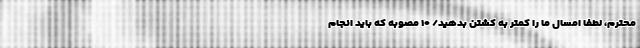
محترم، لطفا امسال ما را کمتر به کُشتن بدهید/ ۱۰ مصوبه که باید انجام